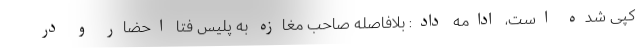
کپی شده است، ادامه داد: بلافاصله صاحب مغازه به پلیس فتا احضار و در